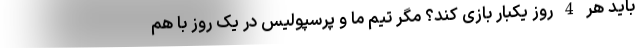
باید هر 4 روز یکبار بازی کند؟ مگر تیم ما و پرسپولیس در یک روز با هم